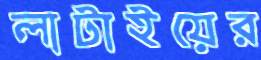
লাটাইয়ের